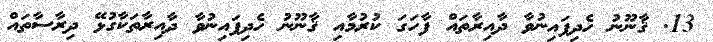
13. ޤާނޫނު ހެދިފައިނުވާ ދާއިރާތައް ފާހަގަ ކުރުމާއި ޤާނޫނު ހެދިފައިނުވާ ދާއިރާތަކާގުޅޭ ދިރާސާތައް